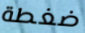
ضغطة